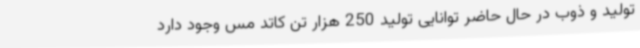
تولید و ذوب در حال حاضر توانایی تولید 250 هزار تن کاتد مس وجود دارد